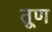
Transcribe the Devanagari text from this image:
तूण